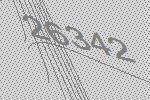
26342